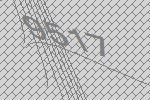
9517